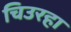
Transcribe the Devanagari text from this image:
चिउरहा